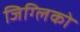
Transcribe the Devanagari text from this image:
जिग्लिको